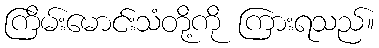
ကြိမ်းမောင်းသံတို့ကို ကြားရသည်။